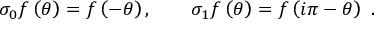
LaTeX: \sigma _ { 0 } f \left( \theta \right) = f \left( - \theta \right) , \qquad \sigma _ { 1 } f \left( \theta \right) = f \left( i \pi - \theta \right) ~ .